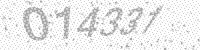
Solution: 014331